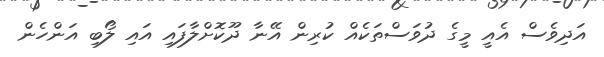
އަދިވެސް އެއީ މީގެ ދުވަސްތަކެއް ކުރިން އޭނާ ދޫކޮށްލާފައި އައި ލޯބި އަންހެން